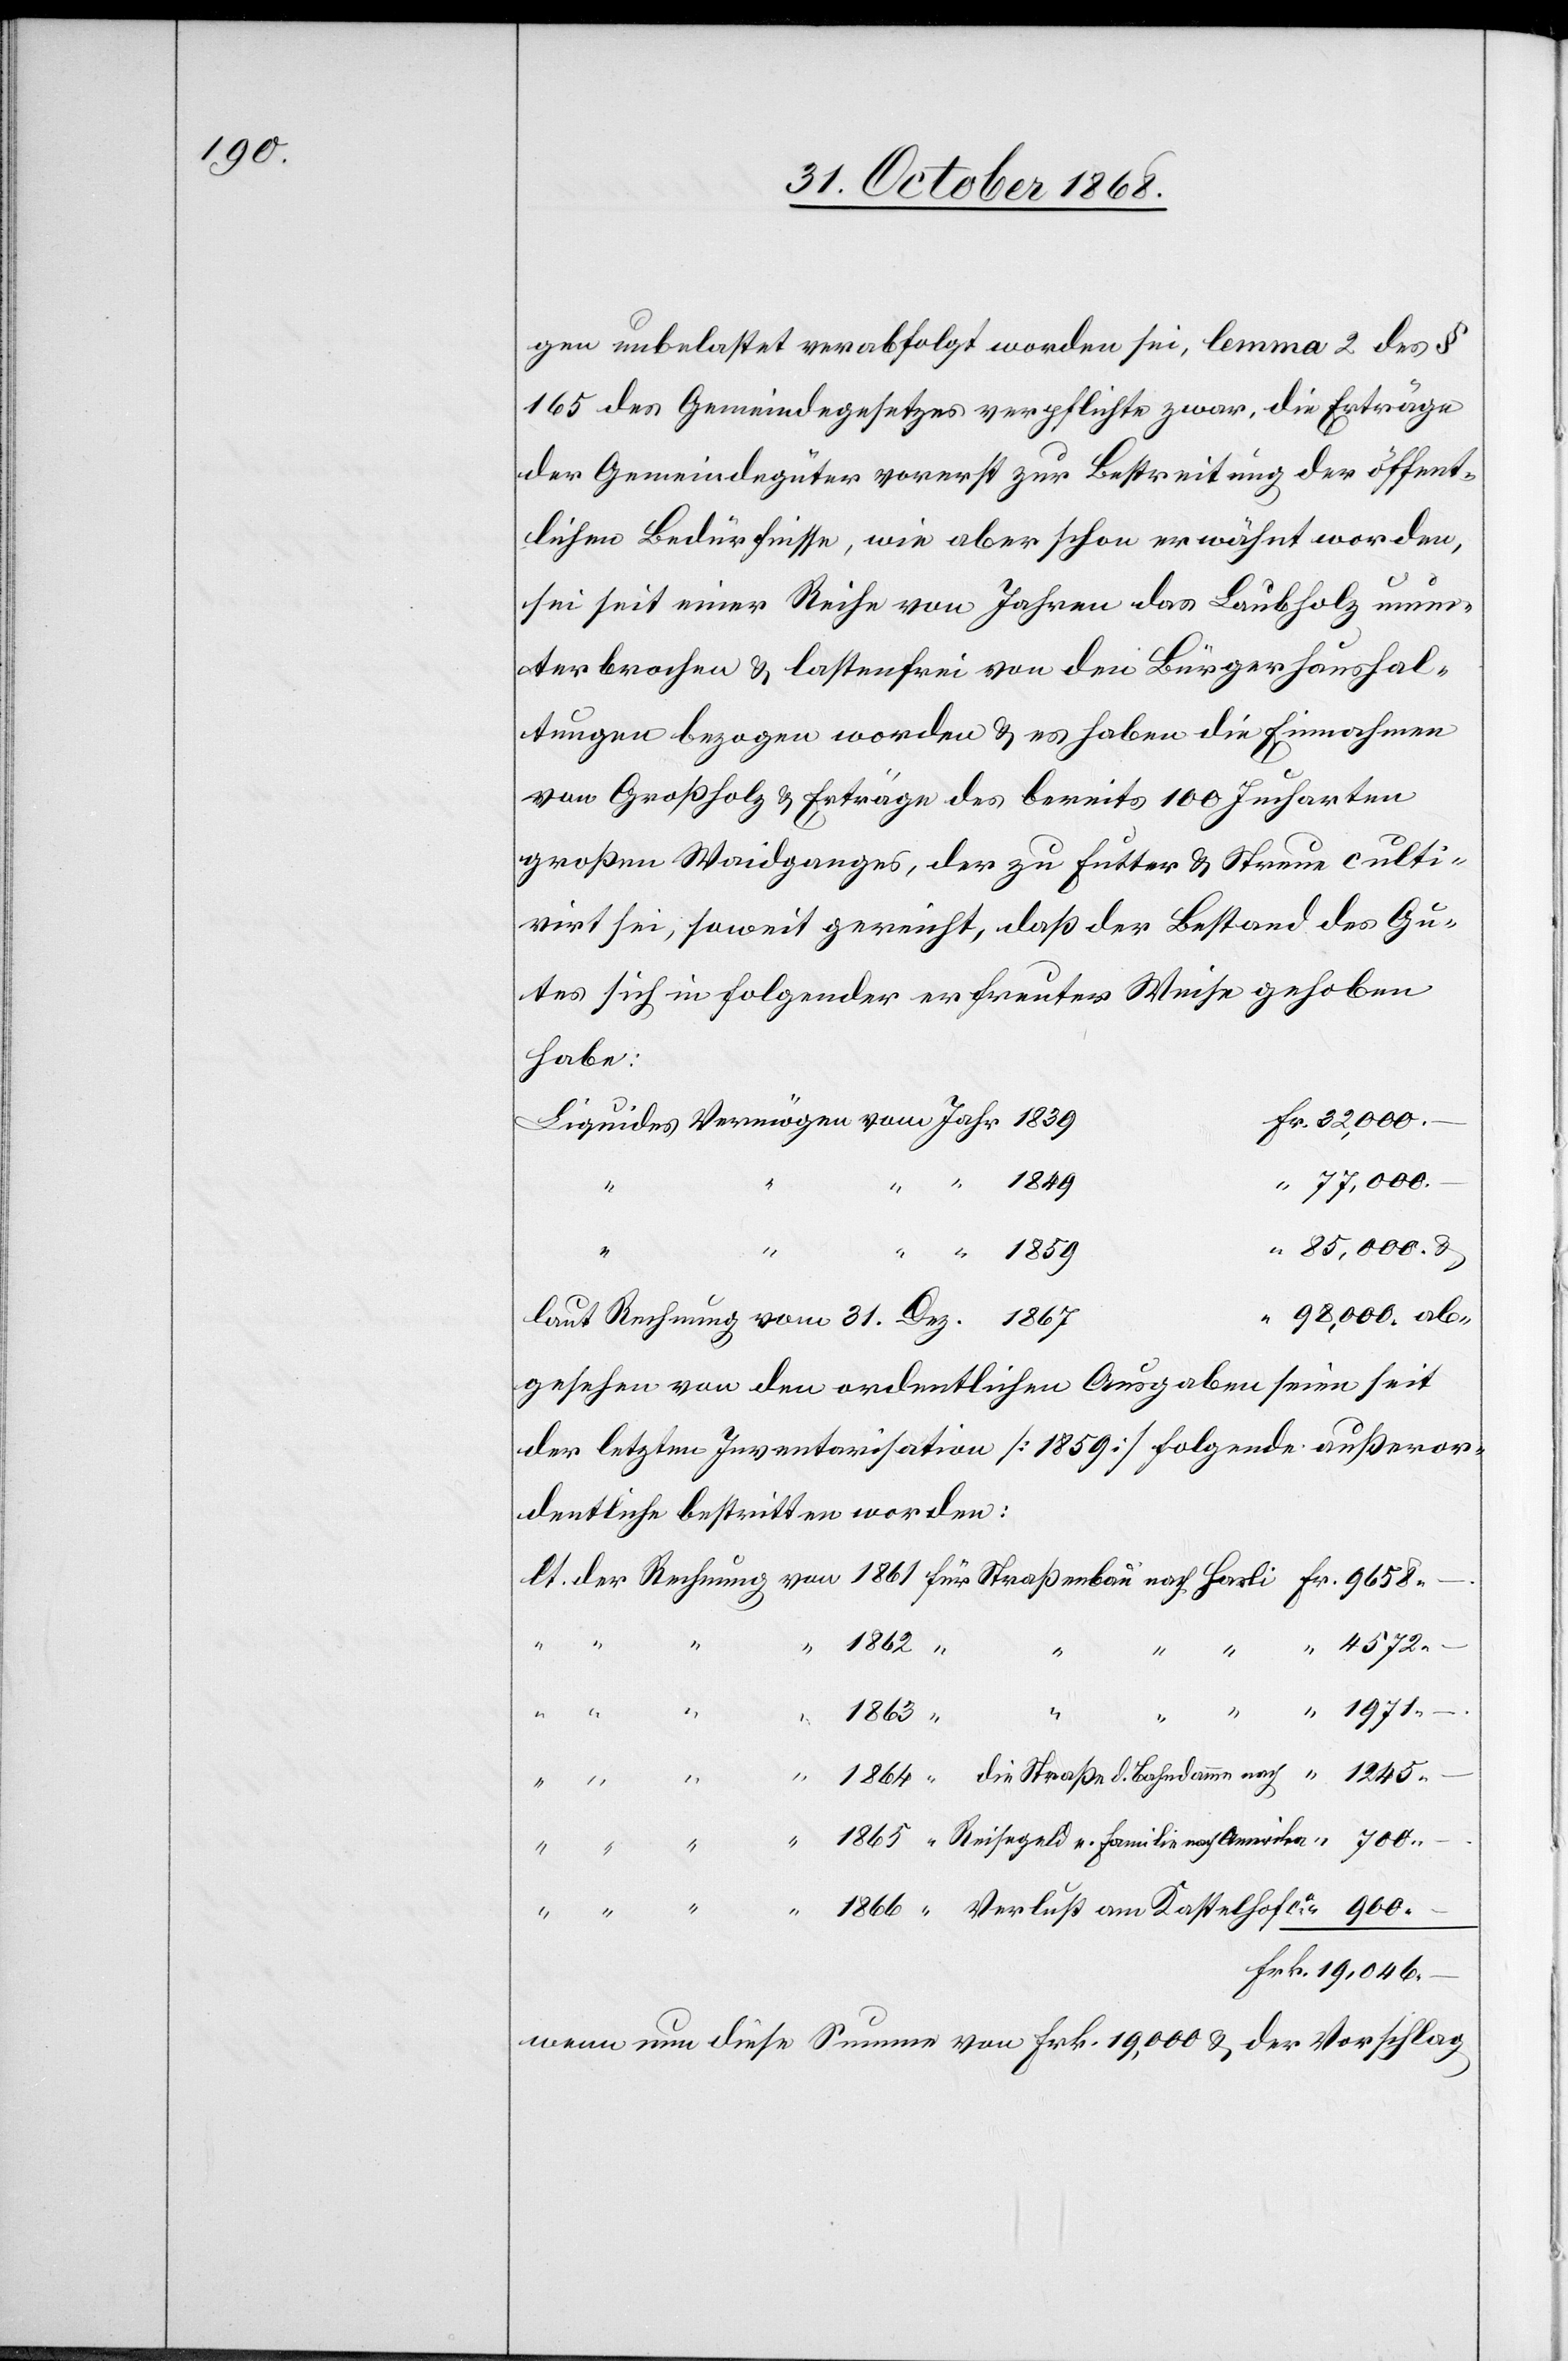
700.–

gen unbelastet verabfolgt worden sei, lemma 2 des §
165 des Gemeindegesetzes verpflichte zwar, die Erträge
der Gemeindegüter vorerst zur Bestreitung der öffent¬
lichen Bedürfnisse, wie aber schon erwähnt worden,
sei seit einer Reihe von Jahren das Laubholz unun¬
terbrochen & lastenfrei von den Bürgerhaushal¬
tungen bezogen worden & es haben die Einnahmen
von Großholz & Erträge des bereits 100 Jucharten
großen Waidganges, der zu Futter & Streue culti¬
virt sei, soweit gereicht, daß der Bestand des Gu¬
tes sich in folgender erfreuter Weise gehoben
habe:
Fr. 32,000.–
Liquides Vermögen vom Jahr 1839
1864
“ 77,000.–
“ “ “ “
“ 85,000. &
“ 98,000. ab¬
laut Rechnung vom 31. Dez. 1867
der letzten Inventarisation [1859] folgende außeror¬
dentliche bestritten worden:
1245.–
nach
Kastelhof
“
1866
Frk. 19,046.–
wenn nun diese Summe von Frk. 19,000 & der Vorschlag